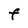
Character: f